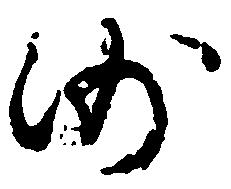
沙